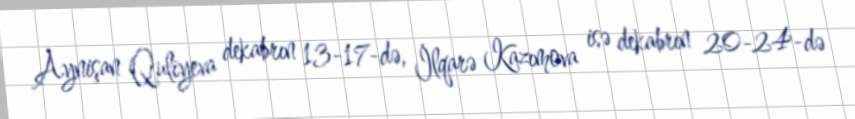
Aynişan Quliyeva dekabrın 13-17-də, İlqarə Kazımova isə dekabrın 20-24-də